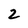
Character: 2